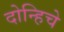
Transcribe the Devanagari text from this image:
दोन्हिचे